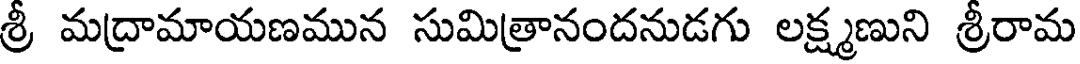
శ్రీ మద్రామాయణమున సుమిత్రానందనుడగు లక్ష్మణుని శ్రీరామ